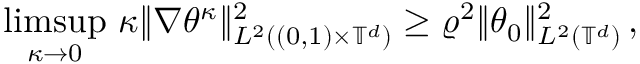
\operatorname* { l i m s u p } _ { \kappa \to 0 } \, \kappa \| \nabla \theta ^ { \kappa } \| _ { L ^ { 2 } ( ( 0 , 1 ) \times \ensuremath { \mathbb { T } } ^ { d } ) } ^ { 2 } \geq \varrho ^ { 2 } \| \theta _ { 0 } \| _ { L ^ { 2 } ( \ensuremath { \mathbb { T } } ^ { d } ) } ^ { 2 } \, ,